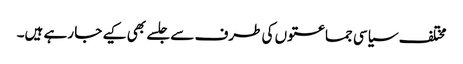
مختلف سیاسی جماعتوں کی طرف سے جلسے بھی کیے جا رہے ہیں۔